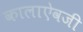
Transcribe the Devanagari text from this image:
कालाऐवजी